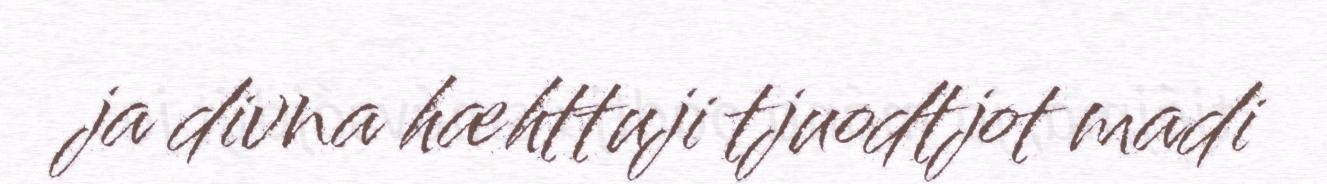
ja divna hæhttuji tjuodtjot madi